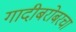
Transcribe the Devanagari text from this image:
गादीबरोबरचा